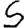
Digit: 5